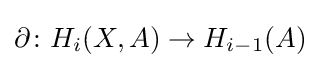
\partial \colon H_{i}(X,A)\to H_{i-1}(A)